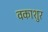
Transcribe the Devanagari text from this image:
वकाशुर